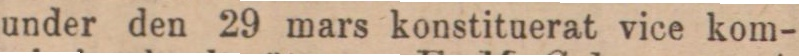
under den 29 mars konstituerat vice kom-